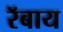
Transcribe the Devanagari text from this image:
रॅबाय